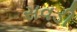
સવડી